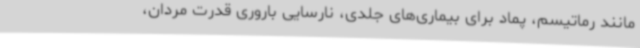
مانند رماتیسم، پماد برای بیماری‌های جلدی، نارسایی باروری قدرت مردان،